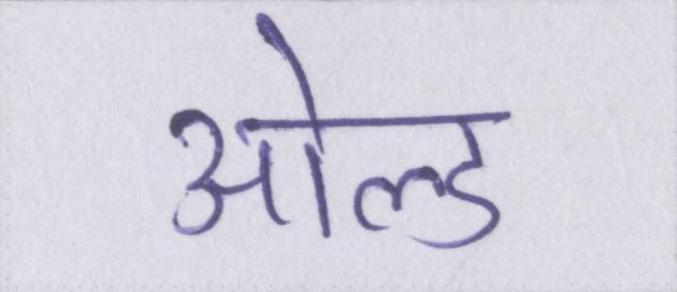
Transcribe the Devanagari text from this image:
ओल्ड